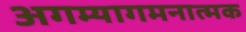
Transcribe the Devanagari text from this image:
अगम्यागमनात्मक